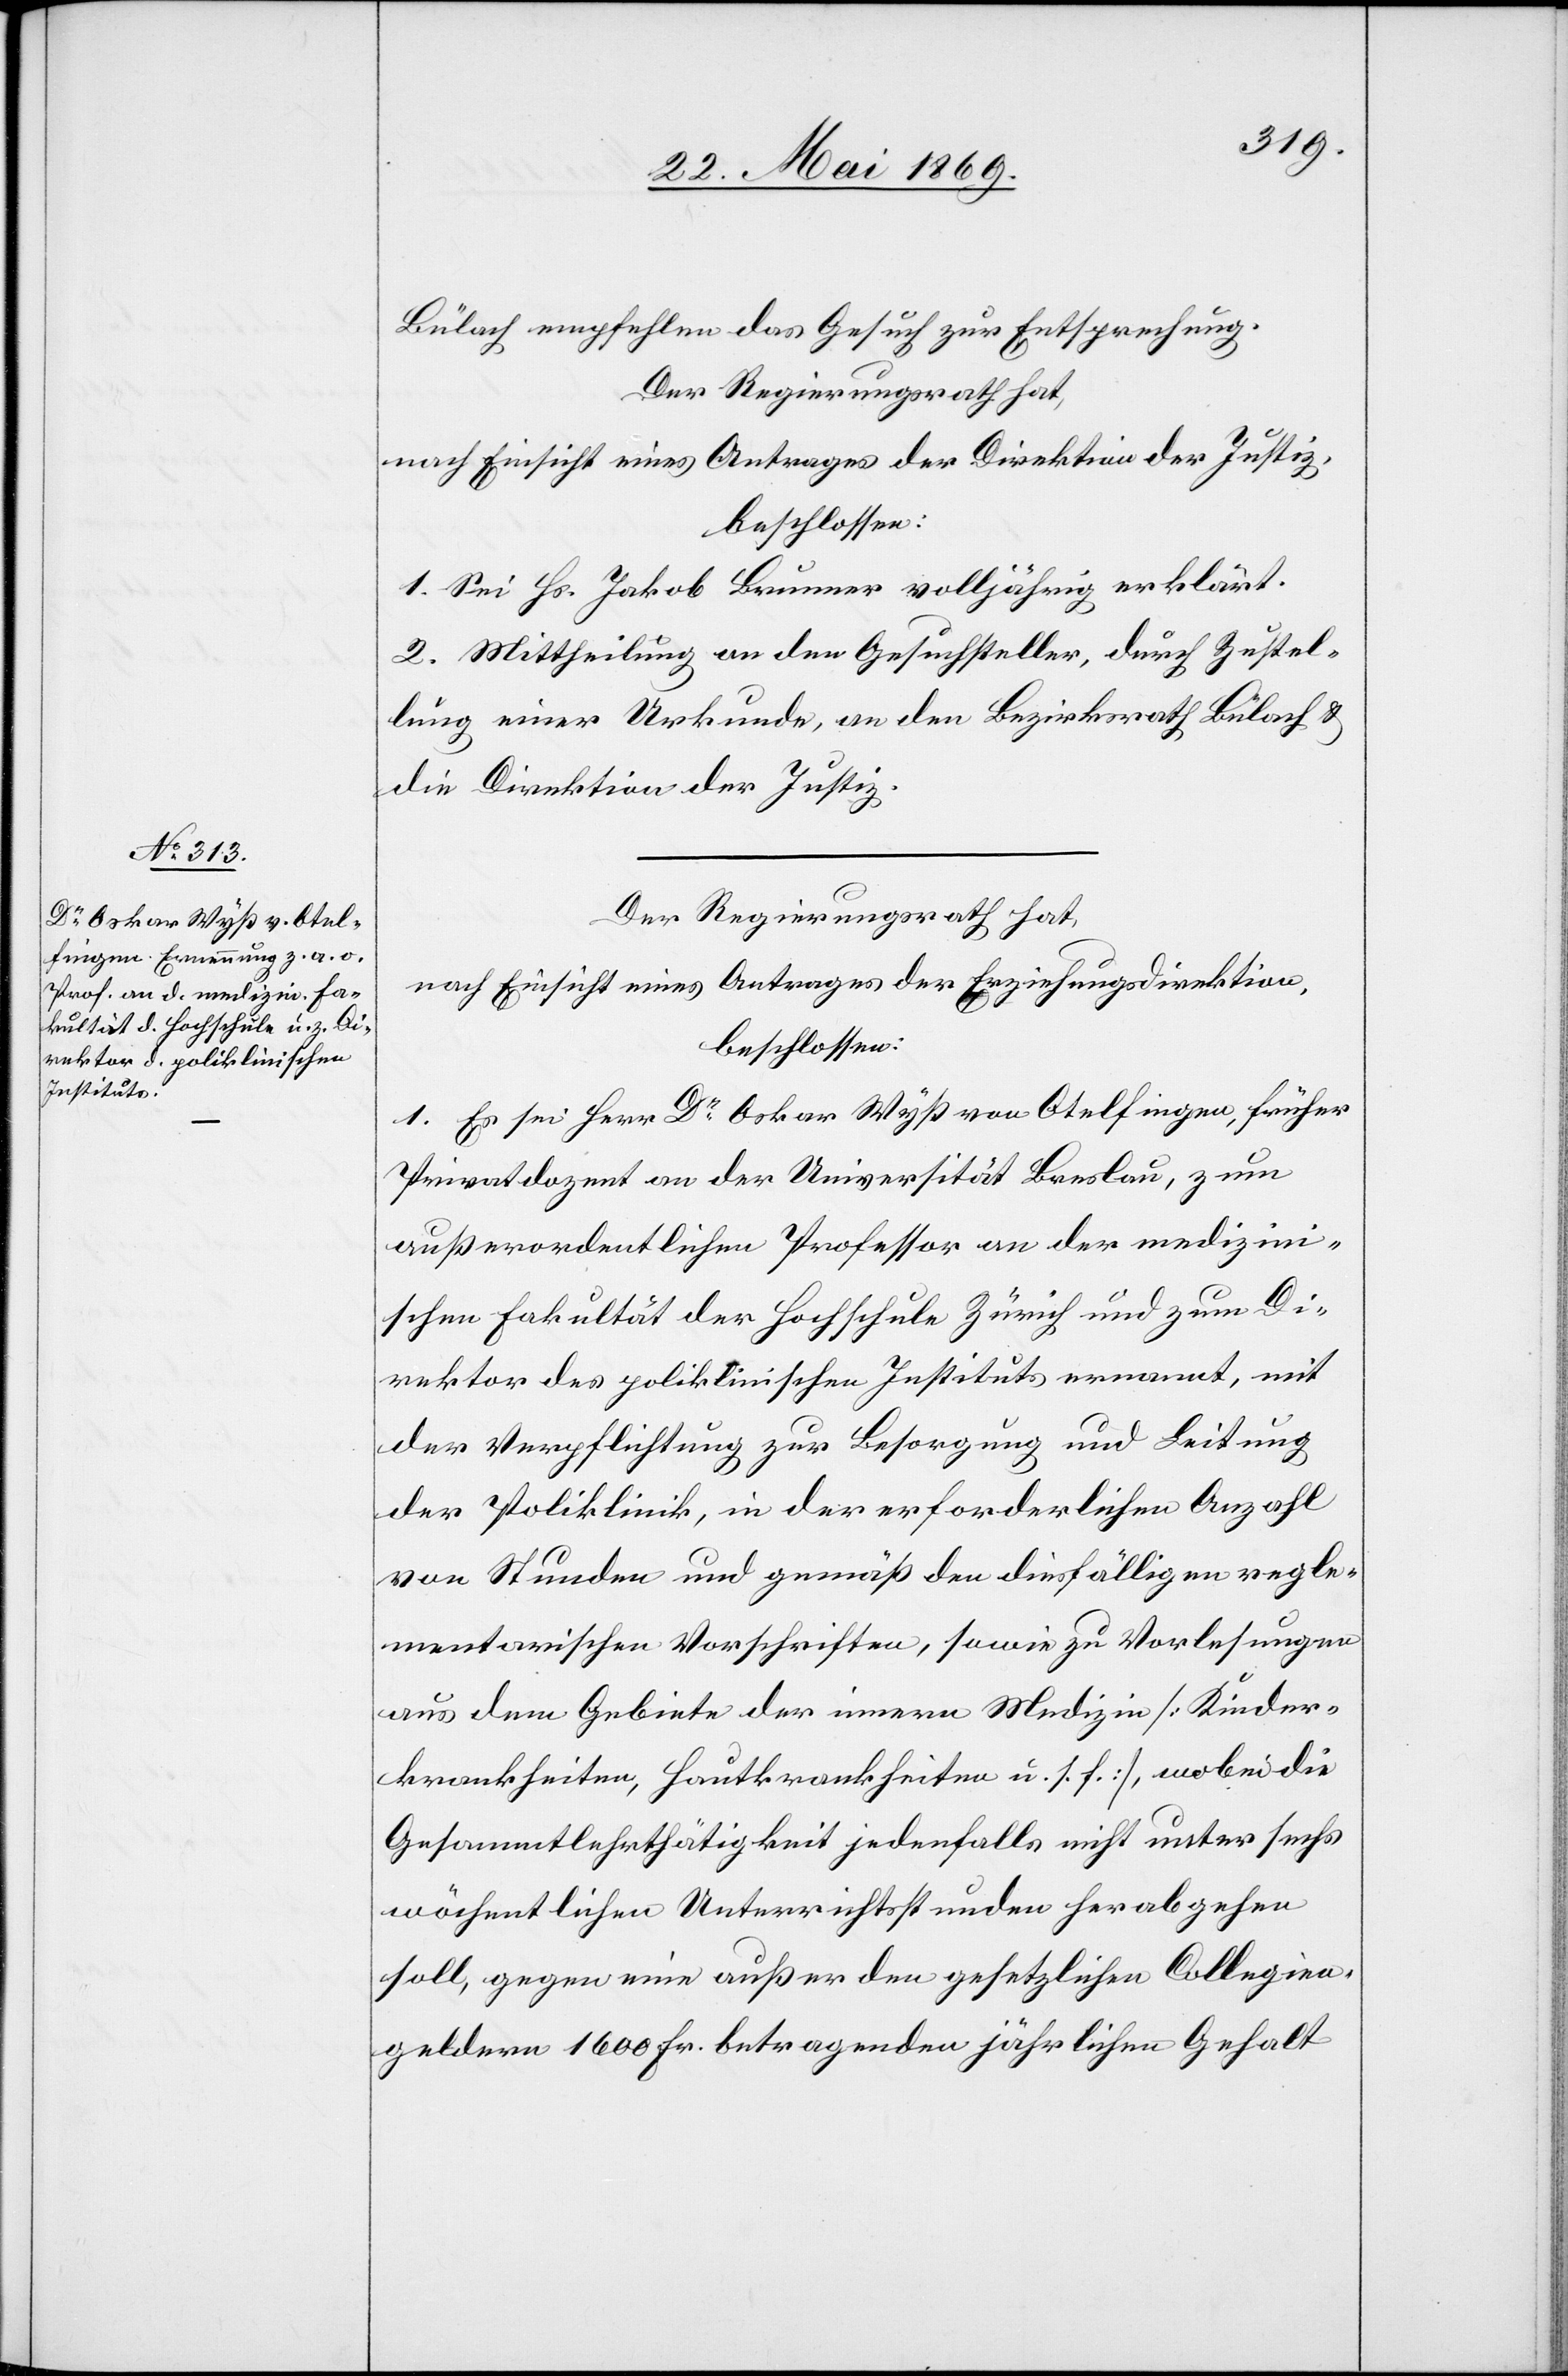
Bülach empfehlen das Gesuch zur Entsprechung.
Der Regierungsrath hat,
nach Einsicht eines Antrages der Direktion der Justiz,
beschlossen:
1. Sei Hs. Jakob Brunner volljährig erklärt.
2. Mittheilung an den Gesuchsteller, durch Zustel¬
lung einer Urkunde, an den Bezirksrath Bülach u.
die Direktion der Justiz.
Der Regierungsrath hat,
nach Einsicht eines Antrages der Erziehungsdirektion,
beschlossen:
1. Es sei Herr Dr Oskar Wyß von Otelfingen, früher
Privatdozent an der Universität Breslau, zum
außerordentlichen Professor an der medizin¬
ischen Fakultät der Hochschule Zürich und zum Di¬
rektor des poliklinischen Instituts ernannt, mit
der Verpflichtung zur Besorgung und Leitung
der Poliklinik, in der erforderlichen Anzahl
von Stunden und gemäß den diesfälligen regle¬
mentarischen Vorschriften, sowie zu Vorlesungen
aus dem Gebiete der innern Medizin [Kinder¬
krankheiten, Hautkrankheiten u. s. f.], wobei die
Gesammtlehrthätigkeit jedenfalls nicht unter sechs
wöchentlichen Unterrichtsstunden herabgehen
soll, gegen eine außer den gesetzlichen Collegien¬
geldern 1600 Fr. betragenden jährlichen Gehalt